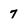
Character: 7